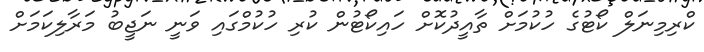
ކްރިމިނަލް ކޯޓުގެ ހުކުމަށް ތާއީދުކޮށް ހައިކޯޓުން ކުރި ހުކުމްގައި ވަނީ ނަޖީބު މަރާލިކަމަށް